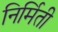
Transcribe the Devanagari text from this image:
निर्मिती